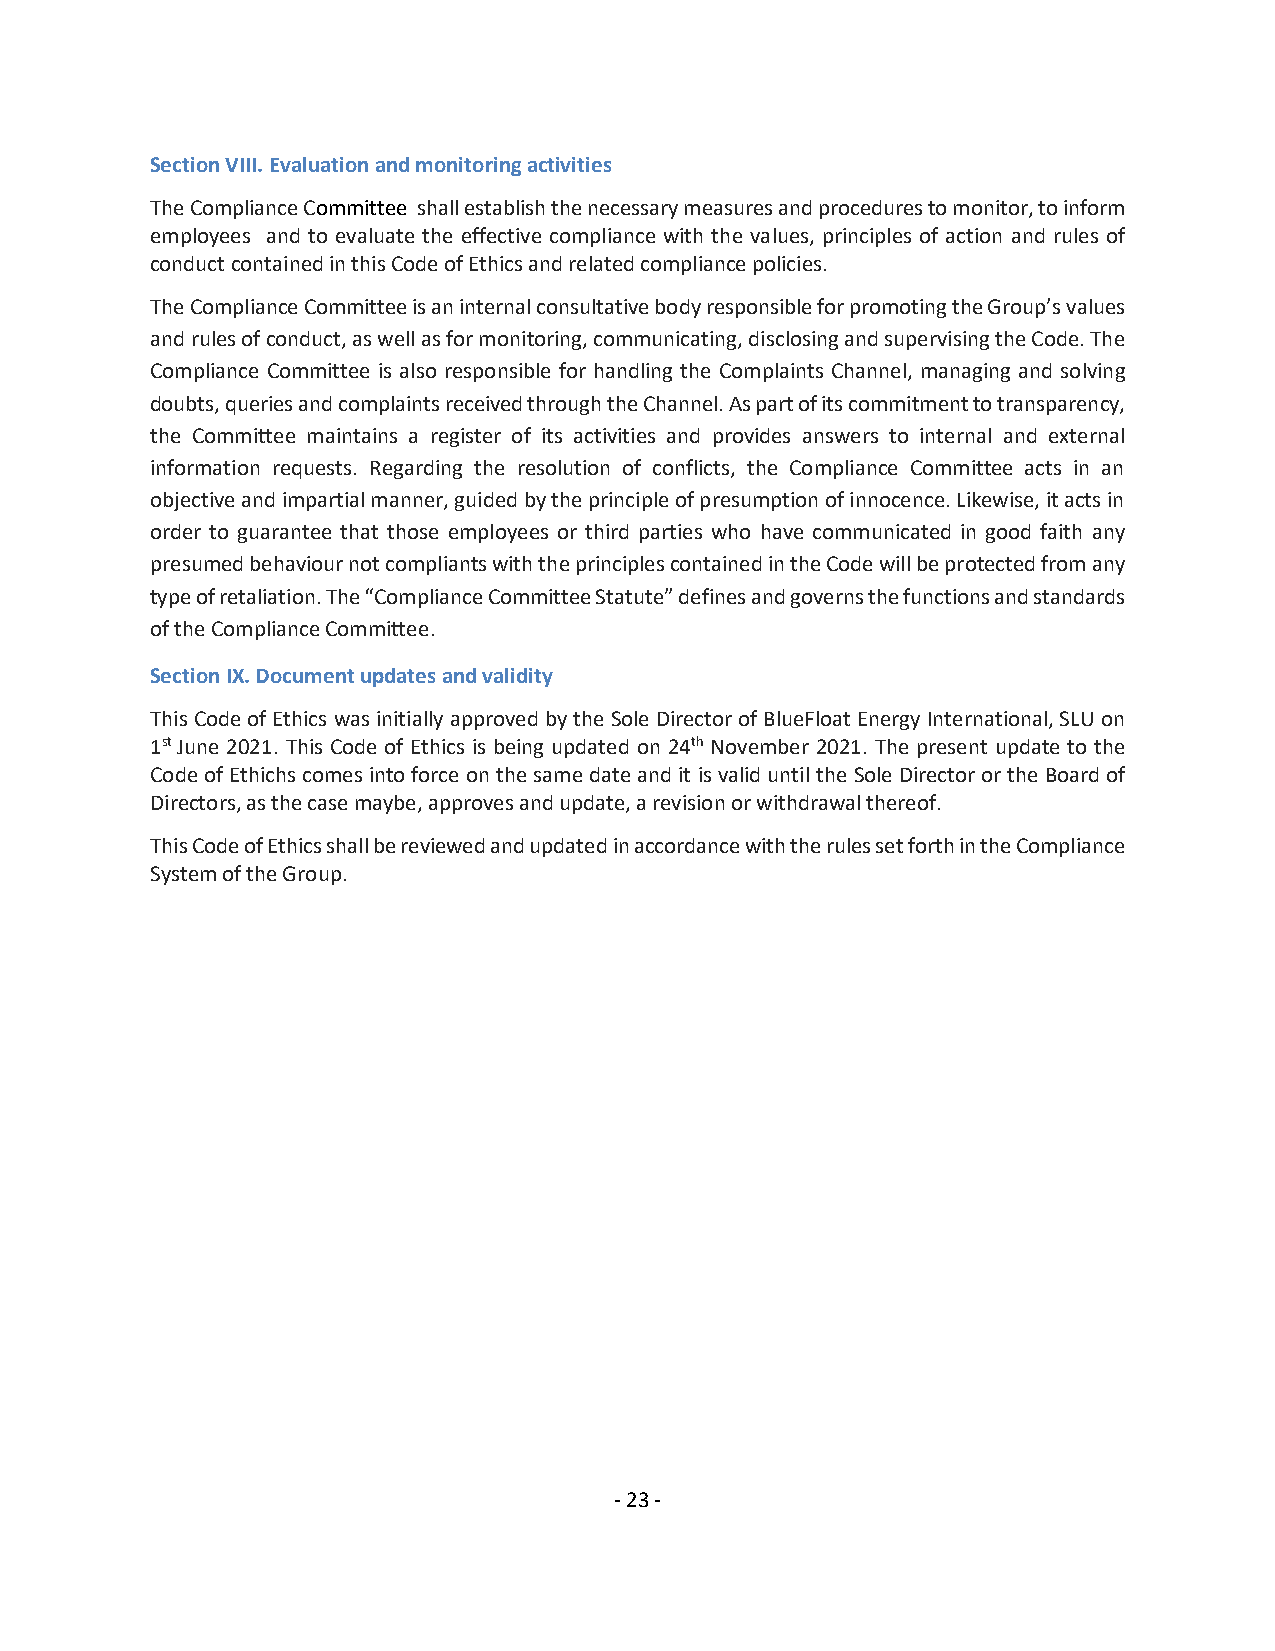
Section VIII. Evaluation and monitoring activities
 The Compliance Committee shall establish the necessary measures and procedures to monitor, to inform
 employees and to evaluate the effective compliance with the values, principles of action and rules of
 conduct contained in this Code of Ethics and related compliance policies.
 The Compliance Committee is an internal consultative body responsible for promoting the Group’s values
 and rules of conduct, as well as for monitoring, communicating, disclosing and supervising the Code. The
 Compliance Committee is also responsible for handling the Complaints Channel, managing and solving
 doubts, queries and complaints received through the Channel. As part of its commitment to transparency,
 the Committee maintains a register of its activities and provides answers to internal and external
 information requests. Regarding the resolution of conflicts, the Compliance Committee acts in an
 objective and impartial manner, guided by the principle of presumption of innocence. Likewise, it acts in
 order to guarantee that those employees or third parties who have communicated in good faith any
 presumed behaviour not compliants with the principles contained in the Code will be protected from any
 type of retaliation. The “Compliance Committee Statute” defines and governs the functions and standards
 of the Compliance Committee.
 Section IX. Document updates and validity
 This Code of Ethics was initially approved by the Sole Director of BlueFloat Energy International, SLU on
 1st June 2021. This Code of Ethics is being updated on 24th November 2021. The present update to the
 Code of Ethichs comes into force on the same date and it is valid until the Sole Director or the Board of
 Directors, as the case maybe, approves and update, a revision or withdrawal thereof.
 This Code of Ethics shall be reviewed and updated in accordance with the rules set forth in the Compliance
 System of the Group.
 - 23 -